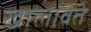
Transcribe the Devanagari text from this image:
खालावते